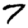
Digit: 7